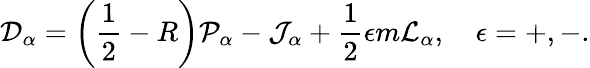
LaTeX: {\cal D}_{\alpha}=\left(\frac{1}{2}-R\right){\cal P}_{\alpha}-{\cal J}_{\alpha}+\frac{1}{2}\epsilon m{\cal L}_{\alpha},\quad\epsilon=+,-.